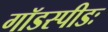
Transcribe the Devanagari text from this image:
गॉडस्पीडः